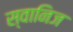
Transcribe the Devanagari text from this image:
स्वानिज